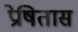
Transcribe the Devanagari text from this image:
प्रेषितास